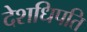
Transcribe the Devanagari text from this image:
देशधिपति